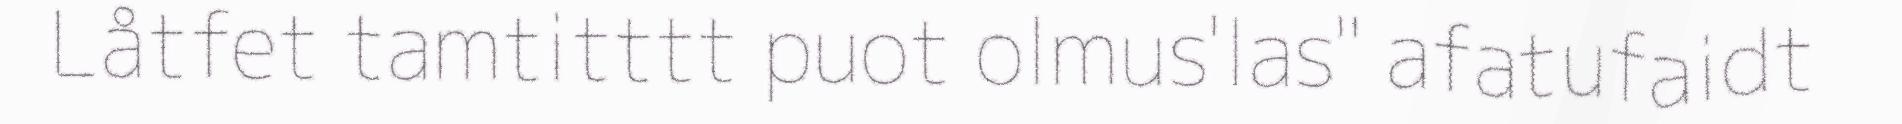
Låtfet tamtitttt puot olmus'las" afatufaidt